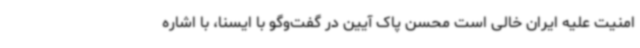
امنیت علیه ایران خالی است محسن پاک آیین در گفت‌وگو با ایسنا، با اشاره